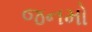
જનમો